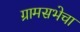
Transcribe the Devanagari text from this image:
ग्रामसभेचा